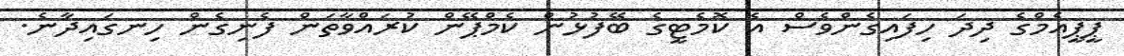
ޕީޕީއެމްގެ ދިދަ ހިފައިގެންވެސް އެ ކޮމެޓީގެ ބޭފުޅުން ކެމްޕޭން ކުރައްވާތަން ފެނިގެން ހިނގައިދާނެ.